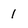
Character: 1